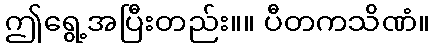
ဤရွေ့အပြီးတည်း။။ ပီတကသိဏံ။